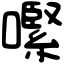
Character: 𡁵